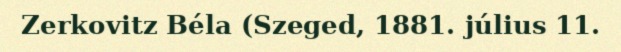
Zerkovitz Béla (Szeged, 1881. július 11.